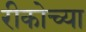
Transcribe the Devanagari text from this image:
रीकोच्या